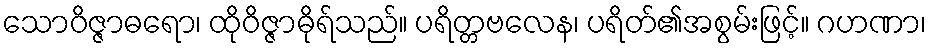
သောဝိဇ္ဇာဓရော၊ ထိုဝိဇ္ဇာဓိုရ်သည်။ ပရိတ္တဗလေန၊ ပရိတ်၏အစွမ်းဖြင့်။ ဂဟဏာ၊